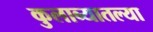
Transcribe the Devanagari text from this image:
कुलाब्यातल्या